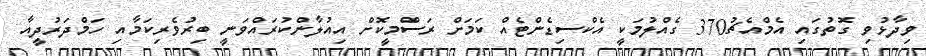
ވިދާޅުވި ގޮތުގައި އެމްއެޗު370 ގެއްލުމަކީ އެކްސިޑެންޓެއް ކަމަށް ރަސްމީކޮށް އިއުލާންކުރައްވަނީ ބިރުވެރިކަމާއި ހަމްދަރުދީއާ